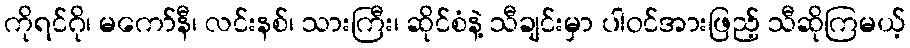
ကိုရင်ဂို၊ မကော်နီ၊ လင်းနစ်၊ သားကြီး၊ ဆိုင်စံနဲ့ သီချင်းမှာ ပါဝင်အားဖြည့် သီဆိုကြမယ့်